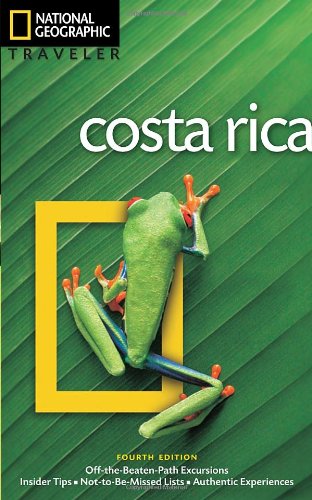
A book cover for National Geographic Traveler: Costa Rica, 4th Edition; Christopher Baker; Travel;